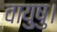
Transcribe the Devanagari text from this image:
वायुषु।